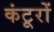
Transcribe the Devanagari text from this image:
कंटूरों